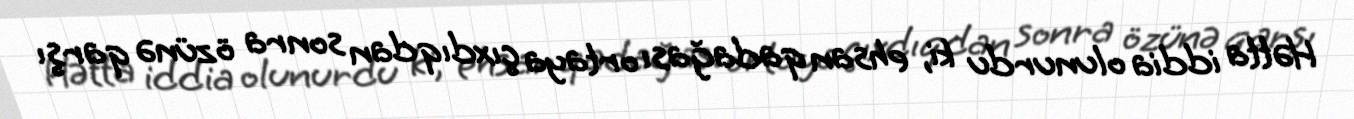
Hətta iddia olunurdu ki, ehsan qadağası ortaya çıxdıqdan sonra özünə qarşı